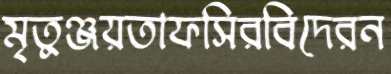
মৃতুঞ্জয়তাফসিরবিদেরন